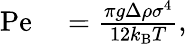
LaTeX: \begin{array}{rl}{\mathrm{Pe}}&{{}=\frac{\pi g\Delta\rho\sigma^{4}}{12k_{\mathrm{B}}T},}\end{array}